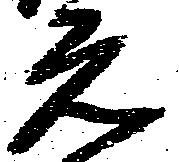
元